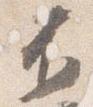
不